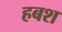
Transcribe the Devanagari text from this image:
हबश